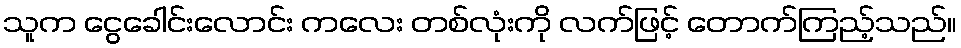
သူက ငွေခေါင်းလောင်း ကလေး တစ်လုံးကို လက်ဖြင့် တောက်ကြည့်သည်။